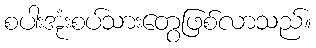
စပါးအုံးစပ်သားတွေဖြစ်လာသည်။